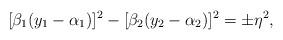
LaTeX: \begin{align*}[\beta_1(y_1-\alpha_1)]^2-[\beta_2(y_2-\alpha_2)]^2=\pm\eta^2,\end{align*}